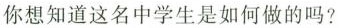
你想知道这名中学生是如何做的吗？